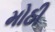
મોઠી